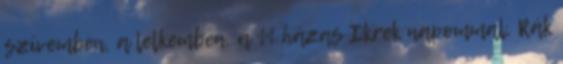
szívemben, a lelkemben, a 11 házas Ikrek napommal, Rák